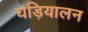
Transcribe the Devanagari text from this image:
घड़ियालन